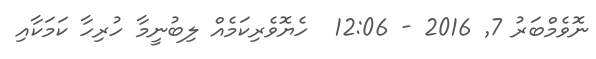
ނޮވެމްބަރު 7